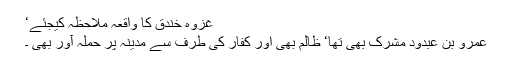
غزوہ خندق کا واقعہ ملاحظہ کیجئے‘
عمرو بن عبدود مشرک بھی تھا‘ ظالم بھی اور کفار کی طرف سے مدینہ پر حملہ آور بھی ۔